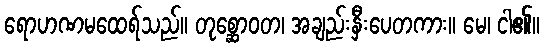
ရောဟဏမထေရ်သည်။ တုစ္ဆောဝတ၊ အချည်းနှီးပေတကား။ မေ၊ ငါ၏။